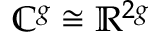
\mathbb { C } ^ { g } \cong \mathbb { R } ^ { 2 g }